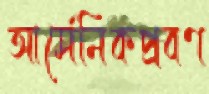
আর্সেনিকপ্রবণ